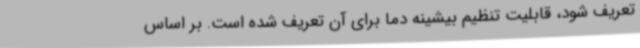
تعریف شود، قابلیت تنظیم بیشینه دما برای آن تعریف شده است. بر اساس